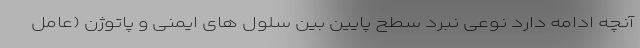
آنچه ادامه دارد نوعی نبرد سطح پایین بین سلول های ایمنی و پاتوژن (عامل‌